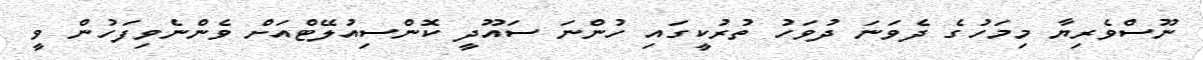
ނޫސްވެރިޔާ މިމަހުގެ ދެވަނަ ދުވަހު ތުރުކީގައި ހުންނަ ސައޫދީ ކޮންސިއުލޭޓްއަށް ވެންނެވިފަހުން ވީ